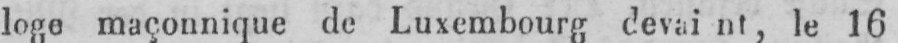
loge maçonnique de Luxembourg devaient, le 16